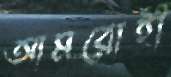
আমরোহী